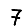
Digit: 7